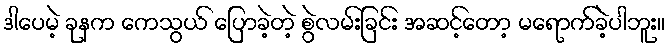
ဒါပေမဲ့ ခုနက ကေသွယ် ပြောခဲ့တဲ့ စွဲလမ်းခြင်း အဆင့်တော့ မရောက်ခဲ့ပါဘူး။